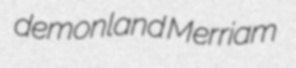
demonland Merriam